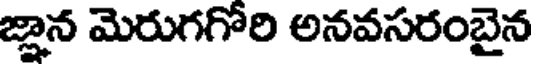
జ్ఞాన మెరుగగోరి అనవసరంబైన